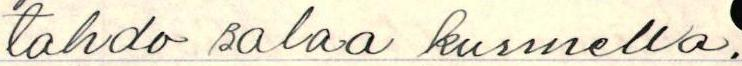
tahdo salaa kuunnella.